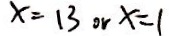
x = 1 3 o r x = 1 1